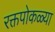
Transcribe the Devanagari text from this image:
रक्तपोकळ्या